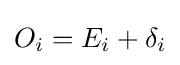
O_{i}=E_{i}+\delta _{i}